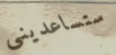
ستساعديني